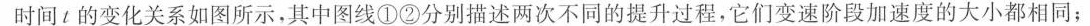
时间t的变化关系如图所示，其中图线①②分别描述两次不同的提升过程，它们变速阶段加速度的大小都相同；